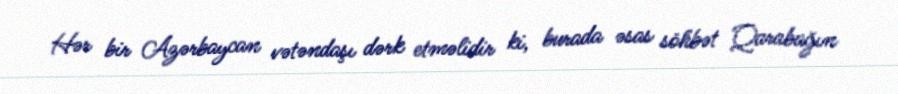
Hər bir Azərbaycan vətəndaşı dərk etməlidir ki, burada əsas söhbət Qarabağın